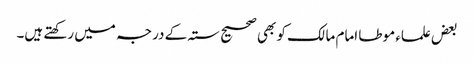
بعض علماء موطا امام مالک کو بھی صحیح ستہ کے درجہ میں رکھتے ہیں۔